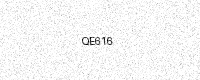
Text: QE616